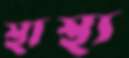
স্থাস্থ্য